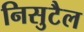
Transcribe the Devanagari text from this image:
निसुटैल